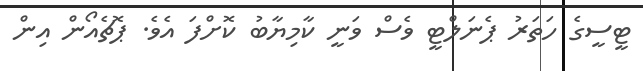
ޓީސީގެ ހަތަރު ޕެނަލްޓީ ވެސް ވަނީ ކާމިޔާބު ކޮށްފަ އެވެ. ޕޮޗެއޯން އިން